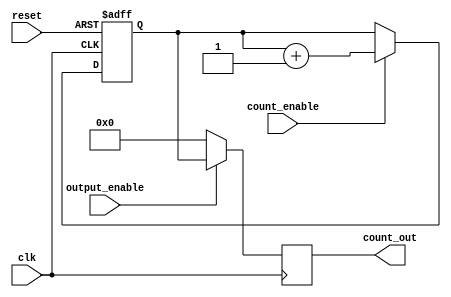
module synchronous_counter (
    input wire clk,              // Clock input
    input wire reset,            // Asynchronous reset input
    input wire count_enable,      // Count enable input
    input wire output_enable,      // Output enable input
    output reg [3:0] count_out    // Counter output (4-bit)
);

// Internal register to hold the current counter value
reg [3:0] counter_state;

// Synchronous process to handle counting
always @(posedge clk or posedge reset) begin
    if (reset) begin
        counter_state <= 4'b0000; // Reset to initial state (0)
    end else if (count_enable) begin
        counter_state <= counter_state + 1; // Increment counter
    end
end

// Output logic controlled by output_enable
always @(posedge clk) begin
    if (output_enable) begin
        count_out <= counter_state; // Output the current count
    end else begin
        count_out <= 4'b0000; // Default state when output is disabled
    end
end

endmodule